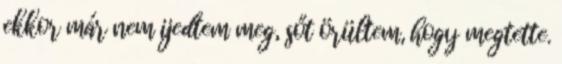
ekkor már nem ijedtem meg, sőt örültem, hogy megtette.